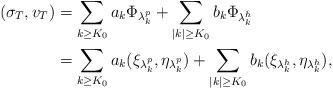
LaTeX: \begin{align*}(\sigma_T,v_T)& = \sum_{k\geq K_0} a_k \Phi_{\lambda^p_{k}} + \sum_{|k|\geq K_0} b_k \Phi_{\lambda^h_k} \\ &=\sum_{k\geq K_0}a_k(\xi_{\lambda^p_k}, \eta_{\lambda^p_k}) + \sum_{|k|\geq K_0} b_k (\xi_{\lambda^h_k}, \eta_{\lambda^h_k} ) ,\end{align*}